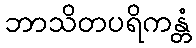
ဘာသိတပရိကန္တံ